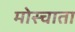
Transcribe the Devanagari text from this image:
मोस्चाता